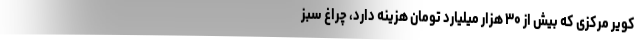
کویر مرکزی که بیش از ۳۰ ‌هزار میلیارد تومان هزینه دارد، چراغ سبز